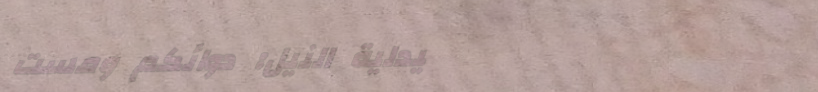
صيدلية النيل: دوائكم ومست